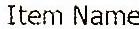
ITEM NAME